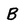
Character: B